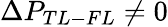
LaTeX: \Delta P_{TL-FL}\neq 0